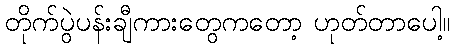
တိုက်ပွဲပန်းချီကားတွေကတော့ ဟုတ်တာပေါ့။